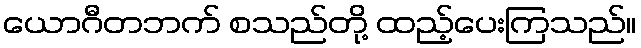
ယောဂီတဘက် စသည်တို့ ထည့်ပေးကြသည်။